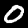
Label: 0